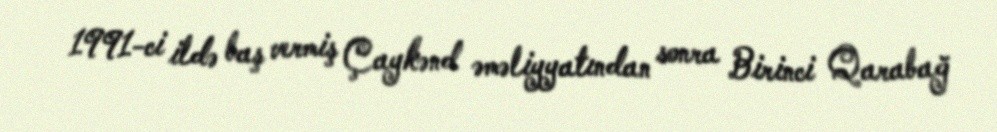
1991-ci ildə baş vermiş Çaykənd əməliyyatından sonra Birinci Qarabağ